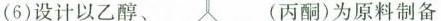
(6)设计以乙醇、 (丙酮)为原料制备